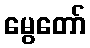
မွေတော်